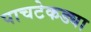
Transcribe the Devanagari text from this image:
पाचटेकड्या